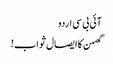
آئی بی سی اردو
گھمن کا ایصال ثواب!